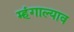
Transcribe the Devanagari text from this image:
म्हंगाल्याव